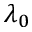
\lambda _ { 0 }